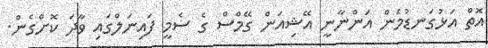
އޮތް އަޅުގަނޑުމެން އަންނާނީ އޭޝިއަން ގޭމްސް ގެ ސެމީ ފައިނަލްގައި ވާދަ ކޮށްގެން.